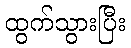
ထွက်သွားပြီး